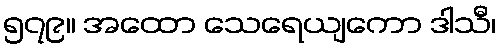
၅၇၉။ အထော သေရေယျကော ဒါသီ၊